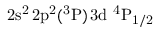
\mathrm { 2 s ^ { 2 } \, 2 p ^ { 2 } ( ^ { 3 } P ) \, 3 d ~ ^ { 4 } P _ { 1 / 2 } }